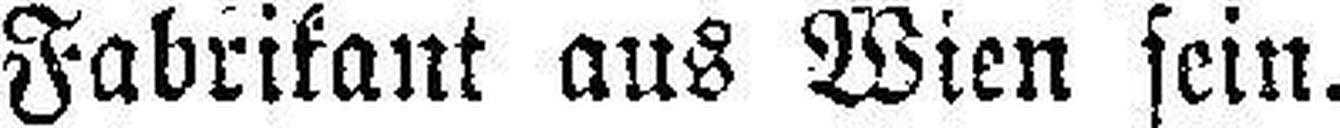
Fabrikant aus Wien sein.